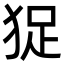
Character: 㹱